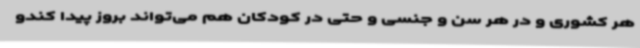
هر کشوری و در هر سن و جنسی و حتی در کودکان هم می‌تواند بروز پیدا کندو